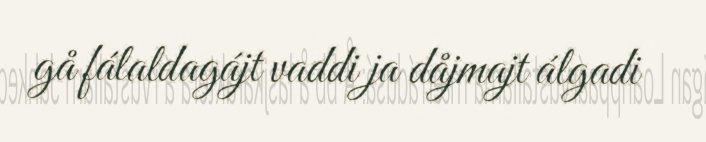
gå fálaldagájt vaddi ja dåjmajt álgadi